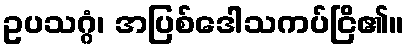
ဥပသဂ္ဂံ၊ အပြစ်ဒေါသကပ်ငြိ၏။